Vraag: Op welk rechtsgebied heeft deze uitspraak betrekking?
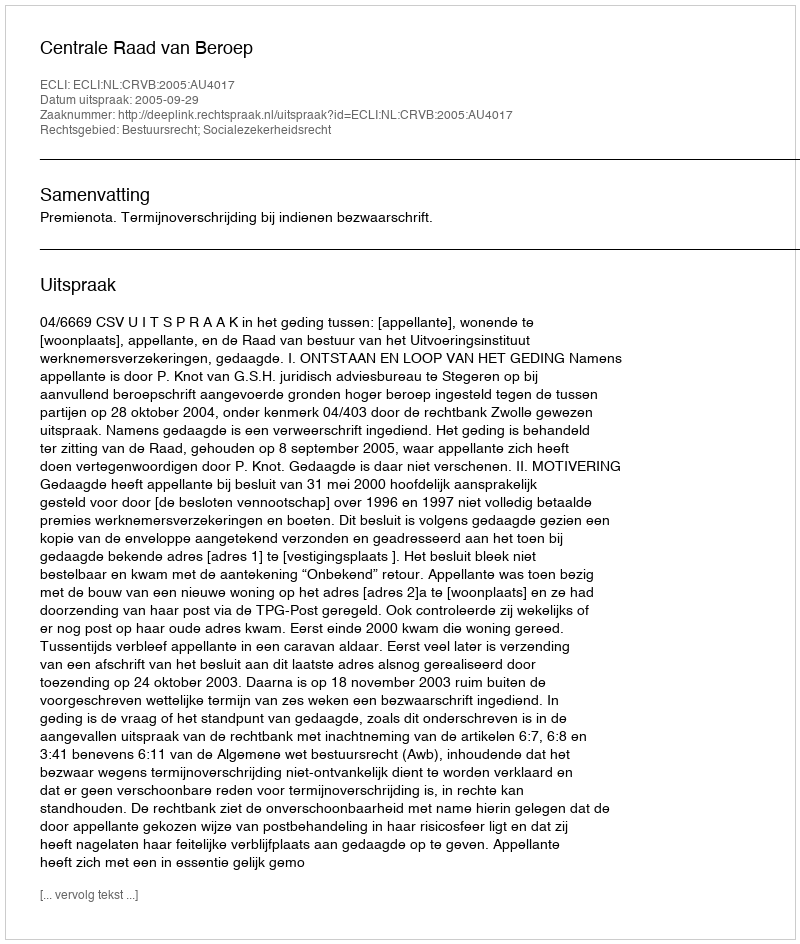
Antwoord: Bestuursrecht; Socialezekerheidsrecht